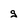
Character: g